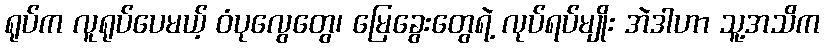
ရုပ်က လူရုပ်ပေမယ့် ဝံပုလွေတွေ၊ မြေခွေးတွေရဲ့ လုပ်ရပ်မျိုး အဲဒါဟာ သူ့အသိက